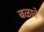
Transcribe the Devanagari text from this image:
बळावे